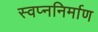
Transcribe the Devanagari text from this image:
स्वप्ननिर्माण